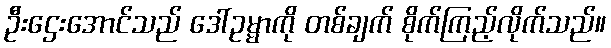
ဦးဌေးအောင်သည် ဒေါ်ဥမ္မာကို တစ်ချက် စိုက်ကြည့်လိုက်သည်။